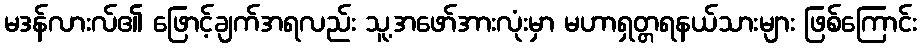
မဒန်လားလ်၏ ဖြောင့်ချက်အရလည်း သူ့အဖော်အားလုံးမှာ မဟာရှတ္တရနယ်သားများ ဖြစ်ကြောင်း